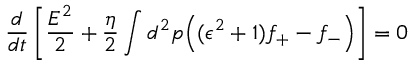
\frac { d } { d t } \left[ \frac { E ^ { 2 } } { 2 } + \frac { \eta } { 2 } \int d ^ { 2 } p \Big ( ( \epsilon ^ { 2 } + 1 ) f _ { + } - f _ { - } \Big ) \right] = 0